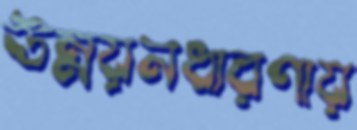
উন্নয়নধারণায়